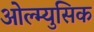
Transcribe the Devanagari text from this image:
ओल्म्युसिक